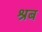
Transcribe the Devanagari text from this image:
श्रब